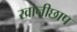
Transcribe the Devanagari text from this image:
खानीछाप